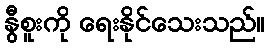
နွီစူးကို ရေးနိုင်သေးသည်။